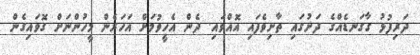
ދަރިފުޅު ގާގަނޑެއްގެ ދަށުގައި ތާށިވެފައި އޮއްވައި. ދެން އެހީވުމަށް އަހަރެން މީހުންނަށް ގޮވައިގެން